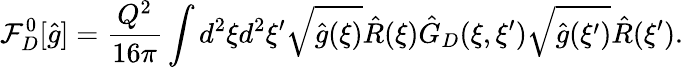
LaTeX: {\mathcal{F}_{D}^{0}}[\hat{g}]={\frac{Q^{2}}{16\pi}}\int{d^{2}}\xi{d^{2}}\xi^{\prime}\sqrt{\hat{g}(\xi)}\hat{R}(\xi){\hat{G}_{D}}(\xi,\xi^{\prime})\sqrt{\hat{g}(\xi^{\prime})}\hat{R}(\xi^{\prime}).